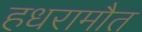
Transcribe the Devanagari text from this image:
हधरामौत